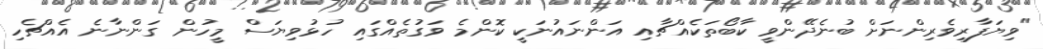
"ވިޔަފާރިވެރިންނަށް ބުނެދޭންވީ ކާބޯތަކެއްޗާއި އަންނައުނަކީ ކޮންމެ ވަގުތެއްގައި ހުޅުވިޔަސް މީހުން ގަންނާނެ އެއްޗެހި